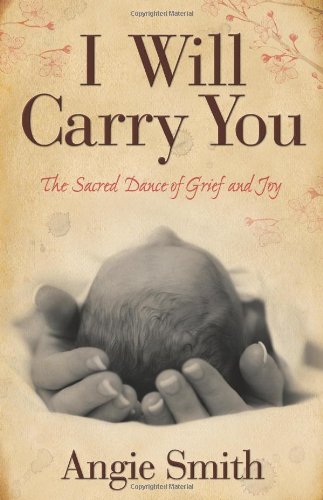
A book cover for I Will Carry You: The Sacred Dance of Grief and Joy; Angie Smith; Biographies & Memoirs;